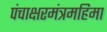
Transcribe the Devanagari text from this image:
पंचाक्षरमंत्रमहिमा